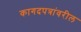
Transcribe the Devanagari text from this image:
कागदपत्रांवरील